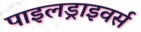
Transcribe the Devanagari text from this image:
पाइलड्राइवर्स